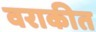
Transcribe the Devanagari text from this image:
वराकीत